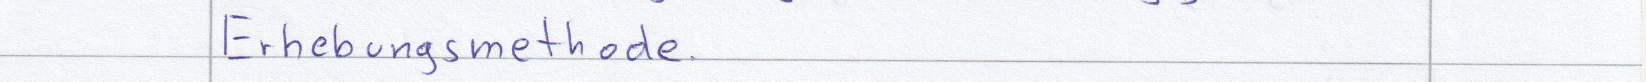
Erhebungsmethode